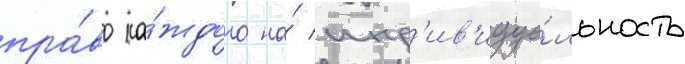
пра́во ка́ждого на́ инд'ив'идуа́льность